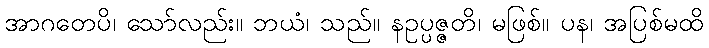
အာဂတေပိ၊ သော်လည်း။ ဘယံ၊ သည်။ နဥပ္ပဇ္ဇတိ၊ မဖြစ်။ ပန၊ အပြစ်မထိ